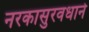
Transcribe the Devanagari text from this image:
नरकासुरवधाने